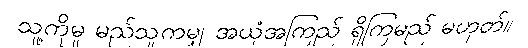
သူ့ကိုမူ မည်သူကမျှ အယုံအကြည် ရှိကြမည် မဟုတ်။